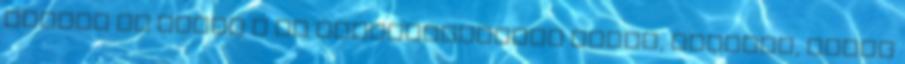
nagyon jó lenne a mi fesztiválunkon látni, hallani, aztán